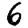
Digit: 6